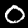
Digit: 0